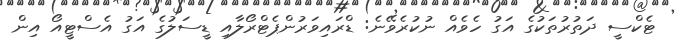
ޓެކްސީ ދަތުރުތަކުގެ އަގު ހެވެއް ނުކުރެވޭނެ: ޑްރައިވަރުންޕެޓްރޯލާއި ޑީސަލުގެ އަގު އެސްޓީއޯ އިން